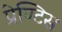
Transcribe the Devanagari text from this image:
प्रेण्टिस